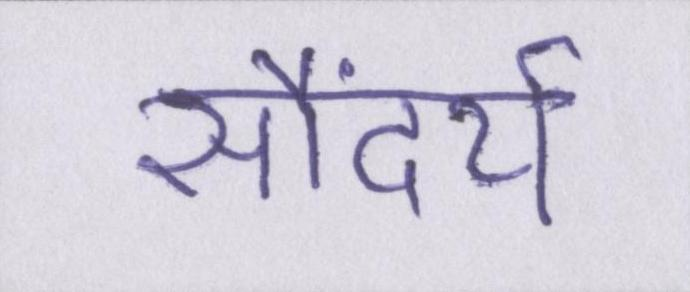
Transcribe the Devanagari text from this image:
सौंदर्य